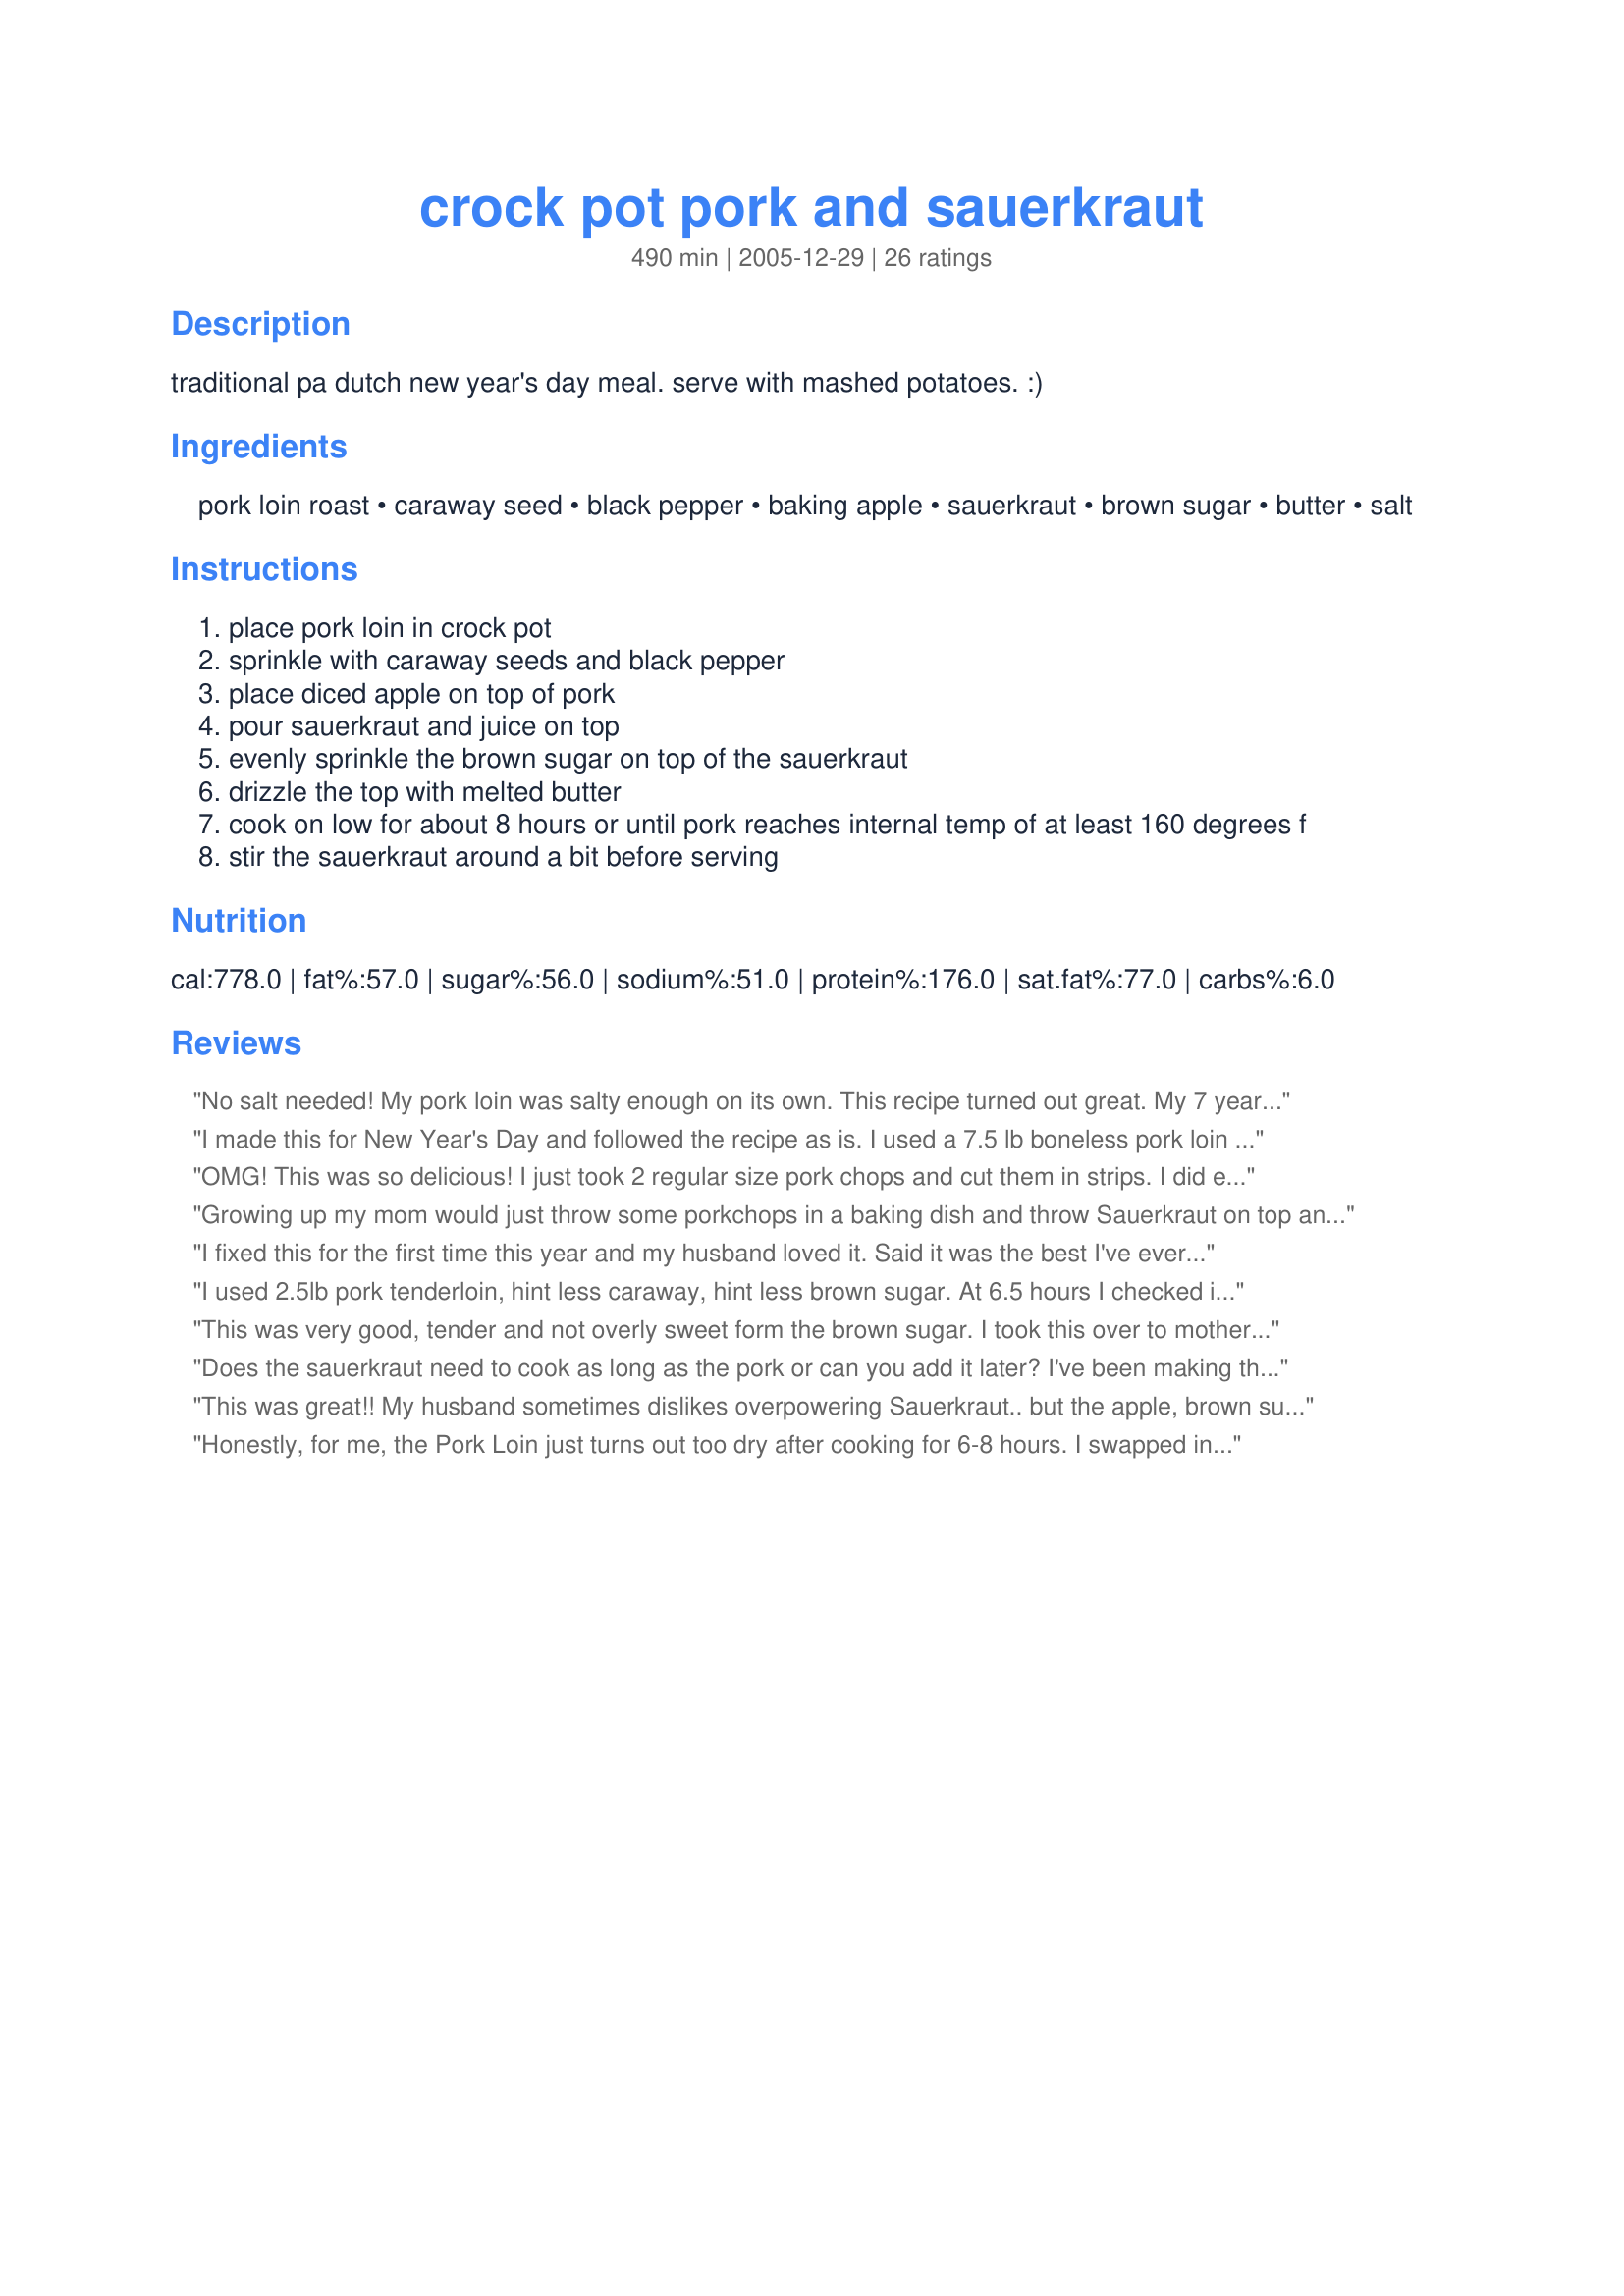
crock pot pork and sauerkraut
Preparation time: 490 minutes

traditional pa dutch new year's day meal. serve with mashed potatoes. :)

Ingredients:
pork loin roast, caraway seed, black pepper, baking apple, sauerkraut, brown sugar, butter, salt

Steps:
place pork loin in crock pot
sprinkle with caraway seeds and black pepper
place diced apple on top of pork
pour sauerkraut and juice on top
evenly sprinkle the brown sugar on top of the sauerkraut
drizzle the top with melted butter
cook on low for about 8 hours or until pork reaches internal temp of at least 160 degrees f
stir the sauerkraut around a bit before serving

Reviews:
No salt needed! My pork loin was salty enough on its own. This recipe turned out great. My 7 year old and husband requested seconds! My husband also said to keep the recipe. I cooked it on "AutoShift" for 4 hours. Then I set it to high for 3 more hours. I used 1/4 teaspoon of cumin instead of caraway. I also cut the pork loin (raw) into 6 chunks. It fell apart once done. I served it over rice. Thank you!!!!! PS I have never cooked a pork loin roast before now. This is a perfect recipe for a beginner.
I made this for New Year's Day and followed the recipe as is. I used a 7.5 lb boneless pork loin and six lbs of sauerkraut (big family!) and I cooked it in the oven in a big Le Creuset with the lid on. It took me about 2 hours to cook everything and it turned out perfectly! I would suggest following this recipe and cooking in the oven if short on time.
OMG! This was so delicious! I just took 2 regular size pork chops and cut them in strips. I did everything else the same except I added about a half cup of chicken stock. I also added 3 potatoes quartered. It cooked in about 4 hours. I cut the potatoes and added more butter to them. Delicious!! I am saving this recipe.
Growing up my mom would just throw some porkchops in a baking dish and throw Sauerkraut on top and bake till the meat fell off the bone. This recipe sounded like the "grown up" version. I cooked on low and at exactly 8 hours the meat was falling apart delicious! I also put some quartered potatos and onions on the bottom of the crockpot and then did the rest as recipe stated. I enjoyed, but next time i will leave off the brown sugar, it wasn't my thing. I bet without the brown sugar it will be perfect!
I fixed this for the first time this year and my husband loved it. Said it was the best I've ever made. I think the apples and brown sugar was the trick. BP in Pa.
I used 2.5lb pork tenderloin, hint less caraway, hint less brown sugar. At 6.5 hours I checked it and at 7 hours I was shoveling it in. Absolute keeper!!
This was very good, tender and not overly sweet form the brown sugar. I took this over to mother-in-laws tonight for dinner. I did not melt the butter. I just sliced it very thin and put it over the top. I made this for ZWT III 2007 - United States Region - Family Pick
Does the sauerkraut need to cook as long as the pork or can you add it later? I've been making this for years and find the sauerkraut gets a little overcooked. I'm thinking of adding it later just don't know how later to add it?
This was great!! My husband sometimes dislikes overpowering Sauerkraut.. but the apple, brown sugar and butter paired with it perfectly and evened it out. Will make again on New Years Day!
Honestly, for me, the Pork Loin just turns out too dry after cooking for 6-8 hours. I swapped in the Pork Country Ribs last time and they were great. Even DH preferred them over the Loin. They were fall apart tender and juicy. Oh, and I do NOT &quot;drain &amp; rinse&quot; the sauerkraut .. I mean that&#039;s where a LOT of the flavor comes from. a big no-no in this house. Otherwise did everything exact to the recipe. (I think that by draining &amp; rinsing, the sugar CAN make this - as some mentioned - too sweet. Hence don&#039;t do that.)
This was EXCELLENT! 4.5 stars!!! I used everything called for EXCEPT, I added four potatoes (skins on, quartered) on the bottom, then I mixed the remaining ingredients, plus I thinly sliced two onions (cut in halves to break the rings up) & added that to the drained & rinsed kraut, and I added a half-cup of water to make it bit more juicy.... Left the butter out altogether (I used two "cubes" of frozen chicken fat instead--much ymmmmier!!). I cooked it on high in my over-achieving "professional" style crockpot, for just about 4 hours. 
The meat was so tender and juicy, but still holding together enough that I could cut into thick wedges.
*Made for ZWT 3 US Regional*
This recipe was very easy and delicious. My husband, who never cooks, made this for the family, and everyone loved it. I would definitely make it again. He made it using pork chops and it was perfect! Thanks for posting!
We loved this. It was a super easy way to use the porkloin I got on sale. We used fennel seeds instead of caraway since it was what we had. Also used a little less sauerkraut since I didn't have as much as specified. This was moist and delicious. We served it with brown rice and mixed veggies. Really wonderful comfort food!
Really great! My parents were from PA so I grew up eating PA Dutch foods. I make this every year for New Year's Day. There are only 2 of us so I use about a 2# loin roast, 2 cans of kraut, and 2 apples. Cook on low for about 7 hours. I mix the kraut, apples, brown sugar, and caraway beforehand. I put a little under the roast and the rest on top. I brown the roast first. I leave out the butter and salt. IMO the caraway is a must! AWESOME with real mashed potatoes. Would maybe like to try dumplings on top. Thanks for posting!
I made this on New Year's Day to appease my husband, both of us having grown up in central- Pennsylvania. I didn't think I liked the pork and kraut combination, but this was absolutely DELICIOUS! I actually made this on the stove using a 1 lb pork tenderloin and halving the other ingredients, since it was just the two of us. I followed all of your instructions, except that I left it in a covered pot on the stove over medium/ medium low for about an hour or a little more. Absolutely Delicious. A new New Years tradition for us!
What is the purpose of the apple?
This recipe is a keeper. It was so easy. I drained the sauerkraut, skipped the sugar and butter. I might consider using 1/4 the sugar next time. Apple sauce worked well.
This was the best pork and sauerkraut dinner I've had, and I've had pork and sauerkraut every New Year's day of my life. I used a center cut loin roast, and I did rinse and drain the sauerkraut, and added in a bit of apple juice for moisture. I omitted the butter with no problems. DH did say the sauerkraut was a bit too sweet for him, so next year I may cut back on the brown sugar. (Mashed potatoes are indeed a must.) Thanks for posting!
This recipe was so delicious! My boyfriend raved over how good the pork was! I used cumin instead of caraway seeds because I didn't have any and did not use butter or salt. It was so moist and tender!!! I served it with mashed potatoes and rolls. This recipe will be our New Year's Day tradition from now on!
I used pork tenderloin, amazing!
It's a family tradition to make pork and sauerkraut on New Year's Day in our house. I'd always just tossed the roast in the crock pot and dumped the sauerkraut on top adding a few seasonings. I was never thrilled with the results but no one was complaining. I came across this recipe this year and figured "what the heck". Well I LOVED it! The meat was SO tender and the brown sugar helped to take the edge off the "sour" of the sauerkraut (something I'd never liked). Even my kids ate it and didn't complain! THAT'S a big deal! :o) We loved it so much I've now made it two other times since New Year's Day.
My husband, two picky eaters and myself love this dish! My picky eaters always ask for seconds and my husband gets seconds and thirds. I follow the recipe but use pork chops rather than a roast but that&#039;s my own preference. So tender and juicy!
Delicious!! Our new favorite meal!!
Excellent! we love the flavor and a recipe that will be in my favorites folder. I followed the recipe with no changes.Thanks for sharing
I had two thick bone in pork chops. Otherwise followed the recipe using applesauce instead of apple. Set the cooker on low for 6 hours. It was very tender and tasty. I didn’t drain the sauerkraut which is what kept the meat moist. I will definitely make this again.
We have Pork and Sauerkraut every New years, and the kids don&#039;t really eat it, But Its a New Years Tradition. It wouldn&#039;t feel like New years with out the smell of Pork roast and Sauerkraut .I buy a Pork Roast Butt, rinse it off, add 2 large cans of Sauerkraut, the Pork Roast and lots and lots of Pepper, a little garlic, and a can or 2 of water from the sauerkraut cans , enough to almost cover the roast. Let it cook all day in the crock pot, at least 8 hours on high or low, the fat juices from the pork calms down the sour kraut and it is delish! a must serve with home made mash potatoes !
